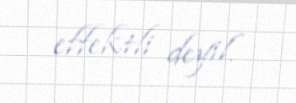
effektli deyil.